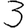
Digit: 3